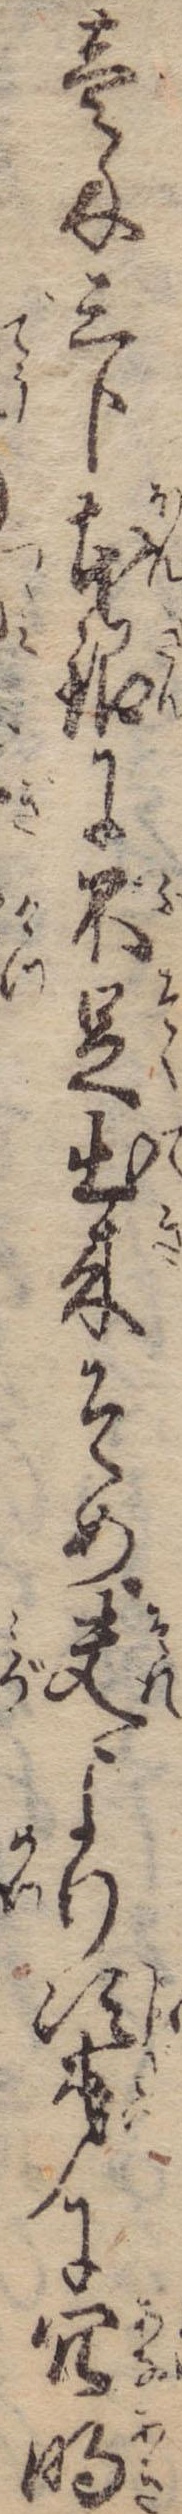
壱匁三分本銀に不足出来そめ夫より次第に穴明